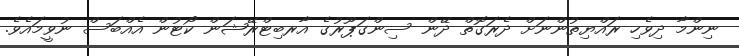
ނިންމާ ދިވެހި ރައްޔިތުންނަށް ދެރަގޮތް ދޭން ސިންގަޕޫރުގެ އާރބިޓްރޭޝަން ކޯޓުން އެއްބަސް ނުވީމައެވެ.